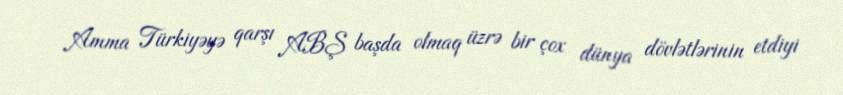
Amma Türkiyəyə qarşı ABŞ başda olmaq üzrə bir çox dünya dövlətlərinin etdiyi